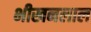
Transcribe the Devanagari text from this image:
भीखनलाल